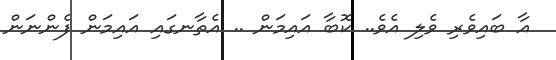
އާ ބައިވެރި ވެލި އެވެ.. ކޮބާ އައިމަން .. އެތާނގައި އައިމަން ފެންނަން